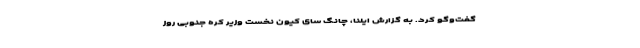
گفت‌وگو کرد. به گزارش ایلنا، چانگ سای کیون نخست وزیر کره جنوبی روز